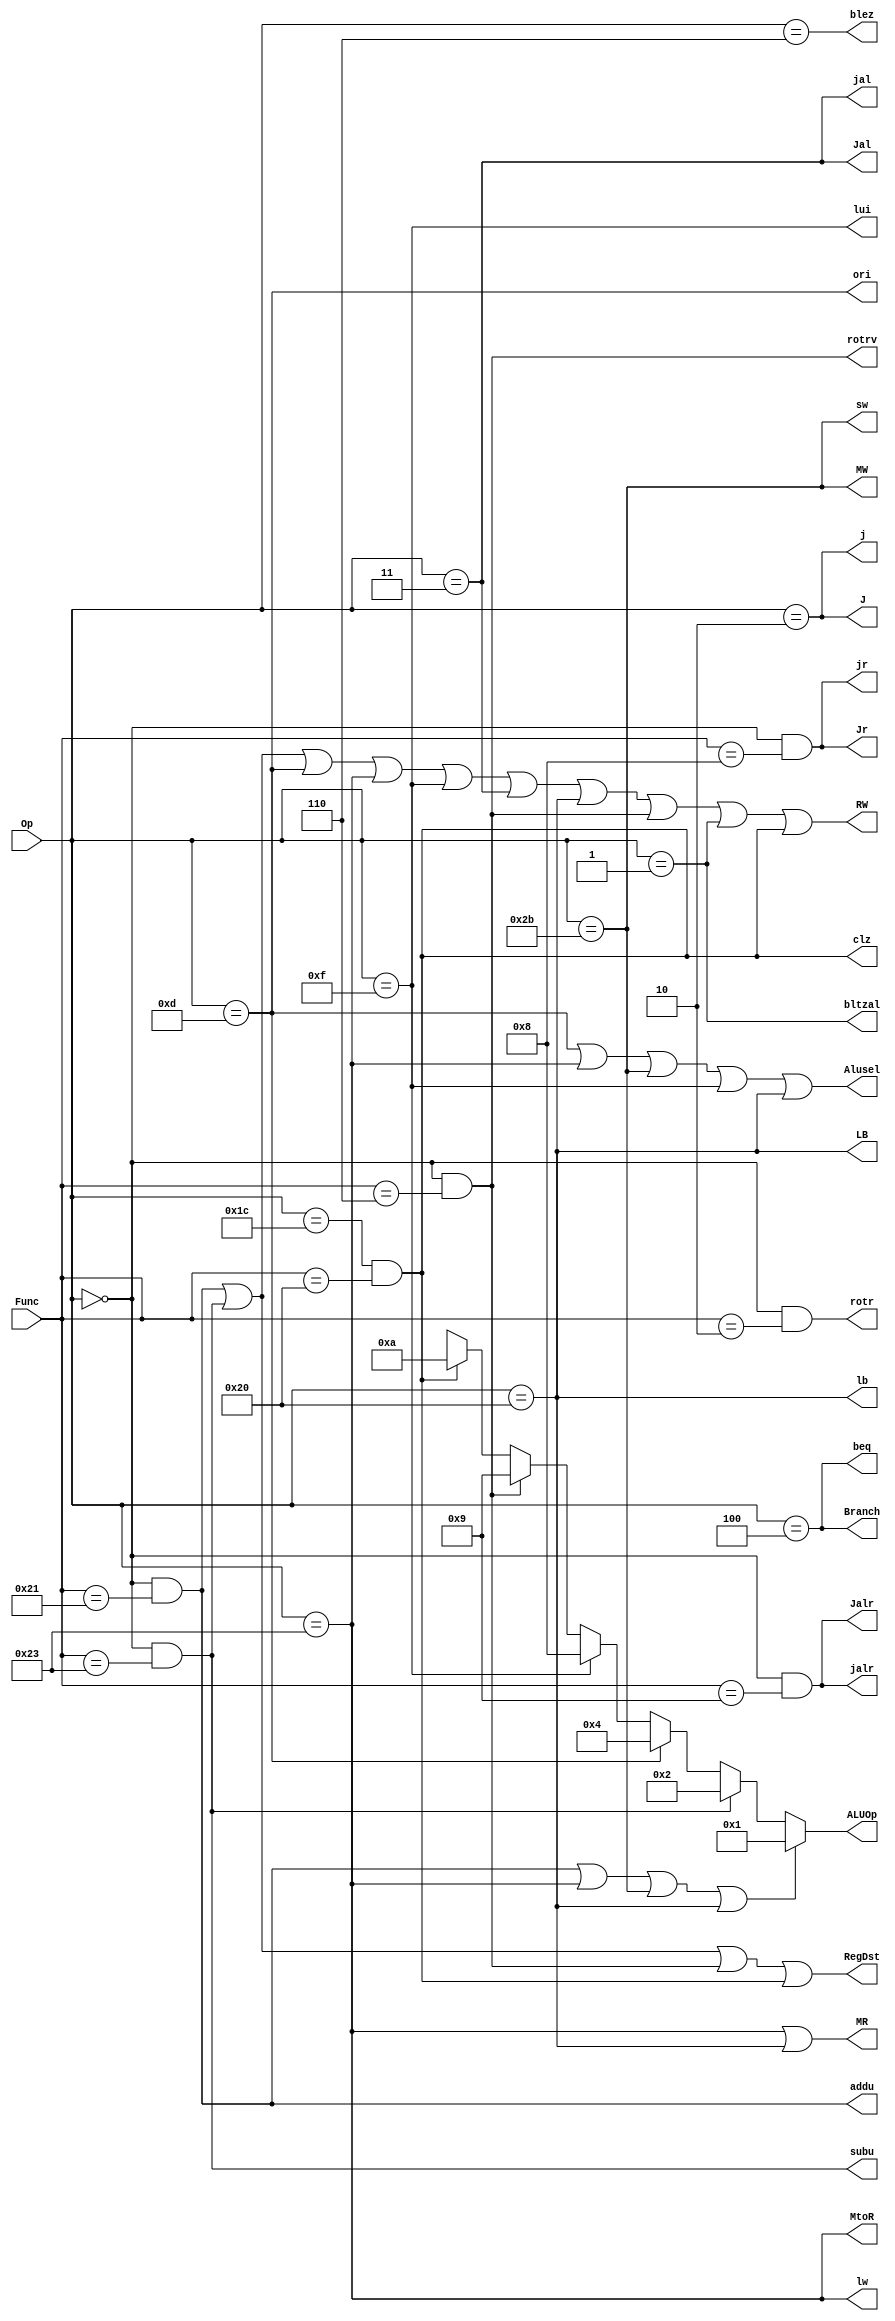
`timescale 1ns / 1ps
//////////////////////////////////////////////////////////////////////////////////
// Company: 
// Engineer: 
// 
// Design Name: 
// Module Name:    ctrl 
// Project Name: 
// Target Devices: 
// Tool versions: 
// Description: 
//
// Dependencies: 
//
// Revision: 
// Revision 0.01 - File Created
// Additional Comments: 
//
//////////////////////////////////////////////////////////////////////////////////
module ctrl(
	 input [5:0] Func, Op,
	 output RegDst, 
	 output Branch,  /*beq*/
	 output MtoR, 
	 output MW, MR, 
	 output [3:0] ALUOp,
	 output Alusel, 
	 output RW, 
	 output J, Jal, Jr, Jalr,
	 output LB,
	 
	 // 
	 //output bltzalr,
	 
	 output addu, subu, ori, lw, sw, beq, lui, j, jal, jr, lb, jalr, rotrv, rotr, blez, bltzal, /*sb,*/ clz
    );
	
	
	assign addu = (Op == 6'b000000 && Func == 6'b100001),
			 subu = (Op == 6'b000000 && Func == 6'b100011),
			 ori  = (Op == 6'b001101),
			 lw   = (Op == 6'b100011),
			 sw   = (Op == 6'b101011),
			 beq  = (Op == 6'b000100),
			 lui  = (Op == 6'b001111),
			 j    = (Op == 6'b000010),
			 jal  = (Op == 6'b000011),
			 jr   = (Op == 6'b000000 && Func == 6'b001000),
			 jalr = (Op == 6'b000000 && Func == 6'b001001),
			 lb   = (Op == 6'b100000),
			 blez = (Op == 6'b000110),
			 rotrv = (Op == 6'b000000 && Func == 6'b000110),
			 bltzal =(Op == 6'b000001),
			 rotr = (Op == 6'b000000 && Func == 6'b000010), //????? 
			 clz  = (Op == 6'b011100 && Func == 6'b100000);
			 //sb   = (Op == 6'b101000);
		    //
			 
	
	//
	assign RegDst = (addu || subu || rotrv || clz), // clz, rotrv, rotrrd
			 Branch = beq,
			 MtoR   = lw,
			 MW     = sw,
			 MR     = (lw || lb),
			 ALUOp  = (addu || lw || sw || lb) ? 4'b0001 : 
			{ 
				subu ? 4'b0010 : 
				{ 
					ori ? 4'b0100 : 
					{
						lui ? 4'b1000 : 
						rotrv ? 4'b1001 : //
						clz ? 4'b1010 : 4'bx //
					}
				}	
			},
			 Alusel = (ori || lw || sw || lui || lb),
			 RW     = (addu || subu || ori || lw || lui || jal || lb || rotrv || bltzal || clz), //
			 J      = j,
			 Jal    = jal,
			 Jalr   = jalr,
			 Jr     = jr,
			 LB     = lb;
	
endmodule